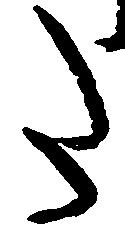
た